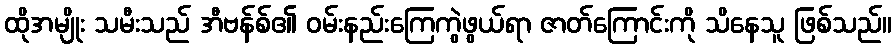
ထိုအမျိုး သမီးသည် အီဗန်စ်၏ ဝမ်းနည်းကြေကွဲဖွယ်ရာ ဇာတ်ကြောင်းကို သိနေသူ ဖြစ်သည်။